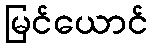
မြင်ယောင်